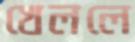
খেললে